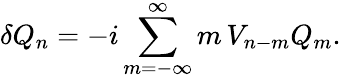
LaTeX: \delta Q_{n}=-i\sum_{m=-\infty}^{\infty}m\, V_{n-m}Q_{m}.